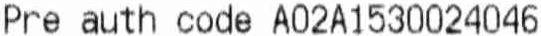
PRE AUTH CODE A02A1530024046